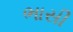
ભાસી